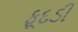
ફૂદડી